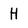
Character: H